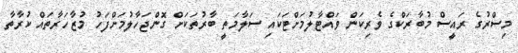
މިސްރުގެ ރައީސް މުބާރަކްގެ ވެރިކަން ވައްޓާލުމަށްޓަކައި ސަލާމަތީ ބާރުތަކަށް ގޮންޖަހާލުމަށްފަހު މުޒާހަރާތައް ކުރާތާ